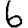
Digit: 6